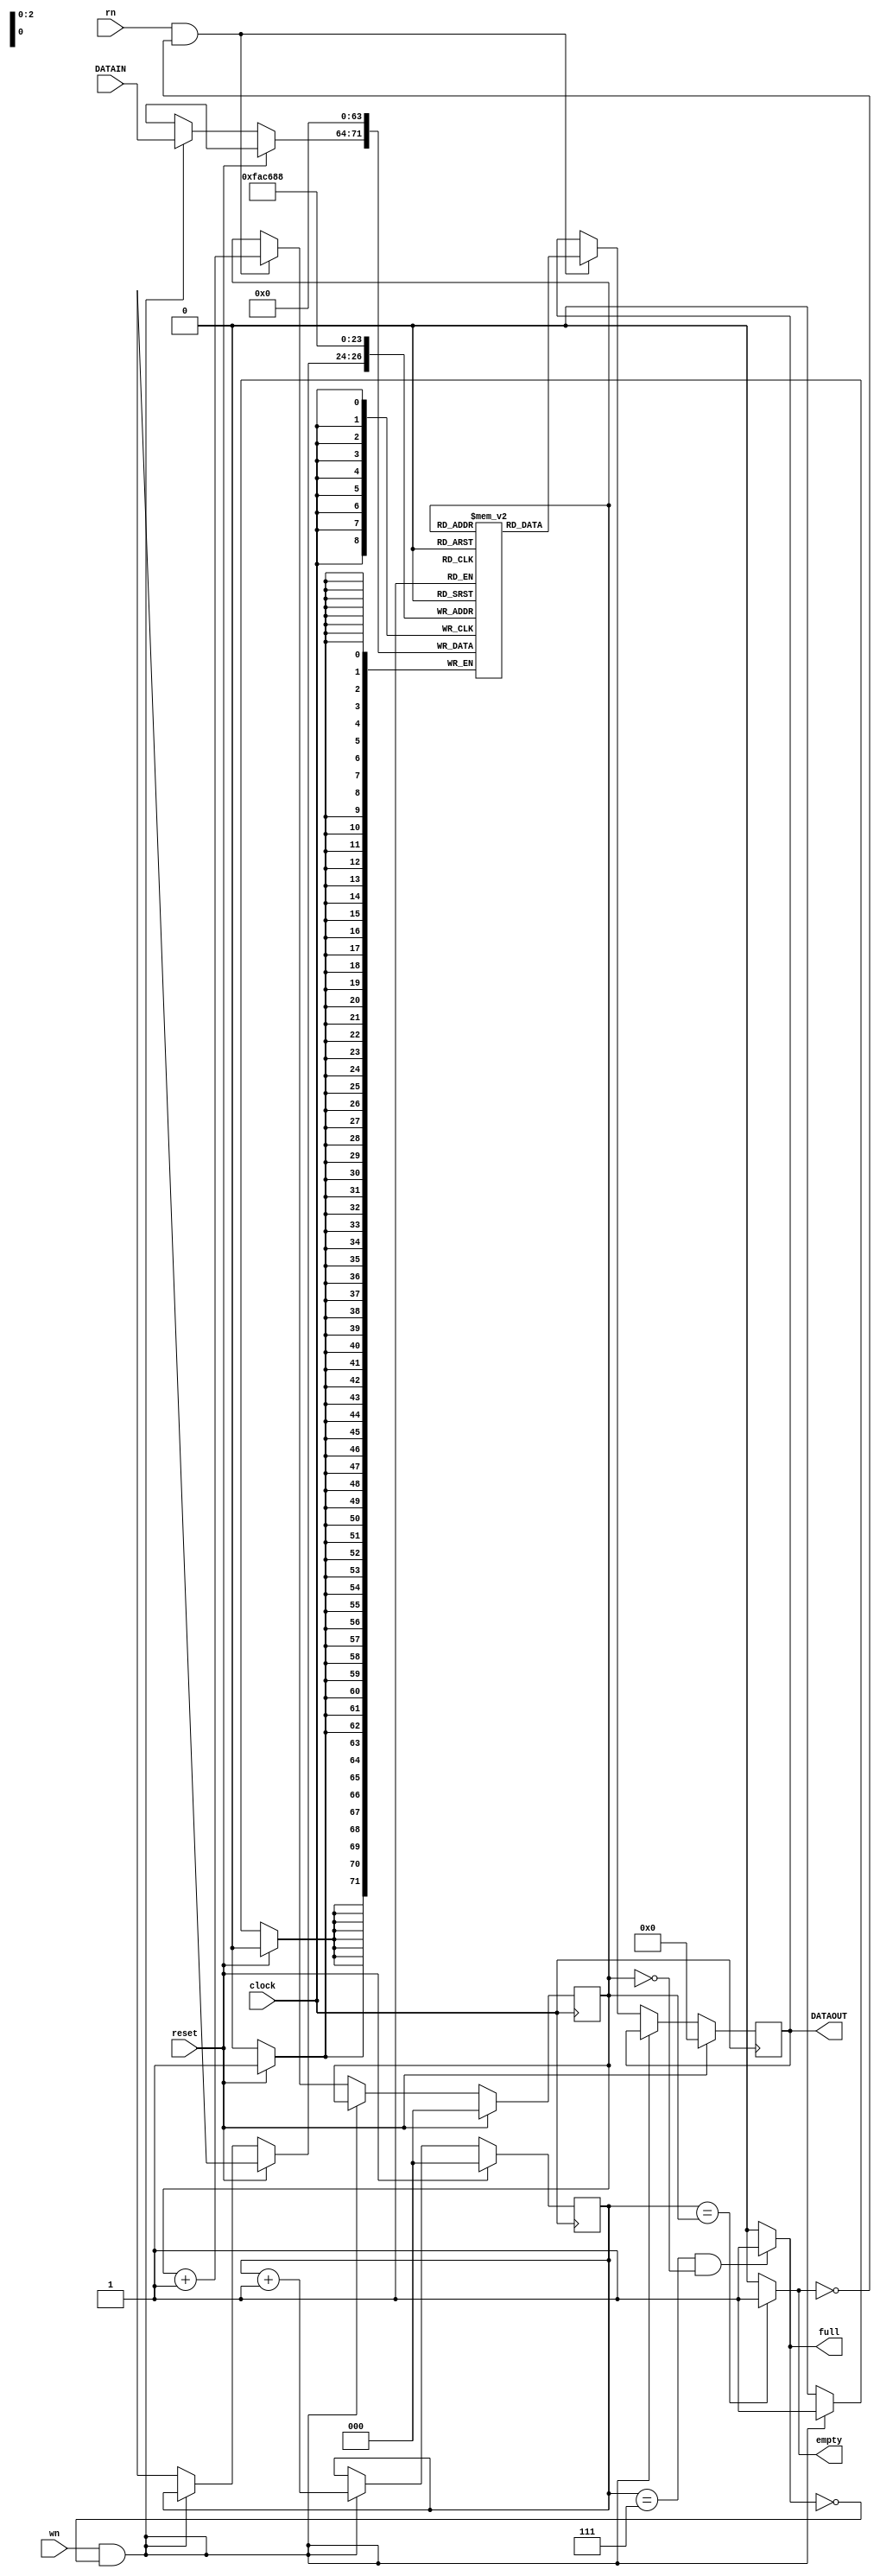
`timescale 1ns / 1ps
//////////////////////////////////////////////////////////////////////////////////
// Company: 
// Engineer: 
// 
// Design Name: 
// Module Name: FIFO
// Project Name: 
// Target Devices: 
// Tool Versions: 
// Description: 
// 
// Dependencies: 
// 
// Revision:
// Revision 0.01 - File Created
// Additional Comments:
// 
//////////////////////////////////////////////////////////////////////////////////

module FIFO(DATAOUT, full, empty, clock, reset, wn, rn, DATAIN);
  output reg [7:0] DATAOUT;
  output full, empty;
  input [7:0] DATAIN;
  input clock, reset, wn, rn;
  
  reg [2:0] wptr, rptr; // pointers tracking the stack
  reg [7:0] memory [7:0]; // the stack is 8 bit wide and 8 locations each
  
  assign full = ( (wptr == 3'b111) & (rptr == 3'b000) ? 1 : 0 );
  assign empty = (wptr == rptr) ? 1 : 0;
  
  always @(posedge clock)
  begin
    if (reset)
      begin
        memory[0] <= 0; memory[1] <= 0; memory[2] <= 0; memory[3] <= 0;
        memory[4] <= 0; memory[5] <= 0; memory[6] <= 0; memory[7] <= 0;
        DATAOUT <= 0; wptr <= 0; rptr <= 0;
      end
    else if (wn & !full)
      begin
        memory[wptr] <= DATAIN;
        wptr <= wptr + 1;
      end
    else if (rn & !empty)
      begin
        DATAOUT <= memory[rptr];
        rptr <= rptr + 1;
      end
  end
endmodule